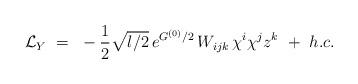
LaTeX: \begin{align*}{\cal L}_Y~=~-\frac{1}{2}\sqrt{l/2}\,e^{G^{(0)}/2}\,W_{ijk}\,\chi^i \chi^j z^k ~+~ h.c.\end{align*}